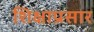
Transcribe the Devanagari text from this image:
शिक्षाप्रसार